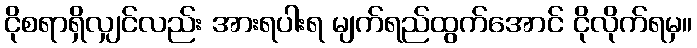
ငိုစရာရှိလျှင်လည်း အားရပါးရ မျက်ရည်ထွက်အောင် ငိုလိုက်ရမှ။